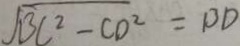
\sqrt { B C ^ { 2 } - C D ^ { 2 } } = B D